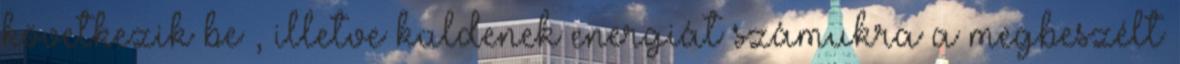
következik be , illetve küldenek energiát számukra a megbeszélt